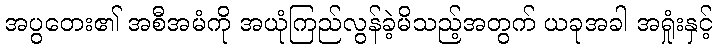
အပွတေး၏ အစီအမံကို အယုံကြည်လွန်ခဲ့မိသည့်အတွက် ယခုအခါ အရှုံးနှင့်